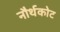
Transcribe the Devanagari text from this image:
नौर्थकोट